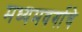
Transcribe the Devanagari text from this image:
मध्यमवर्गाचे